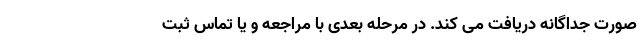
صورت جداگانه دریافت می کند. در مرحله بعدی با مراجعه و یا تماس ثبت